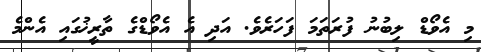
މި އެވޯޑް ލިބުނު ފުރަތަމަ ފަހަރެވެ. އަދި އެ އެވޯޑްގެ ތާރީޚުގައި އެންމެ